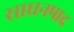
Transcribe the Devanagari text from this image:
साधनपाद